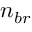
n _ { b r }